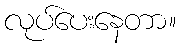
လုပ်ပေးနေတာ။